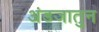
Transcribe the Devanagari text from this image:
अंडजातुन